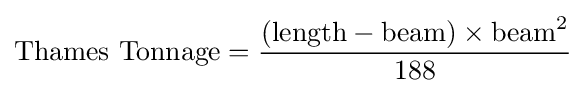
{\text{Thames Tonnage}}={\frac {({\text{length}}-{\text{beam}})\times {\text{beam}}^{2}}{188}}